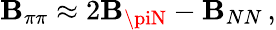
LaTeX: \mathbf{B}_{\pi\pi}\approx2\mathbf{B}_{\piN}-\mathbf{B}_{NN}\, ,